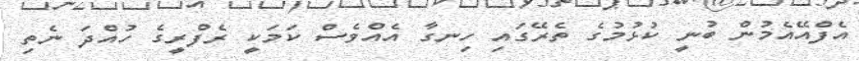
އެފްއޭއެމުން ބުނީ ކުޅުމުގެ ތެރޭގައި ހިނގާ އެއްވެސް ކަމަކީ ރެފްރީގެ ހުއްދަ ނެތި